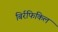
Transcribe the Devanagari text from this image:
बिर्रफिकिल